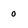
Character: 0